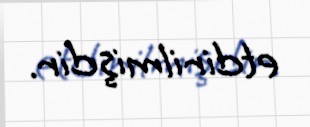
etdirilmişdir.